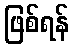
ဖြစ်ရန်